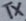
Text: TX